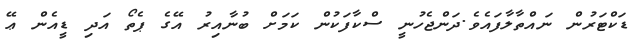
ޑަކްޓަރުން ނައްތާލާފައެވެ.ދަންޖެހުނީ ސްކާފަކުން ކަމަށް ބުނާއިރު އޭގެ ޕެތޯ އަދި ޑީއެން ޢޭ